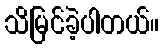
သိမြင်ခဲ့ပါတယ်။